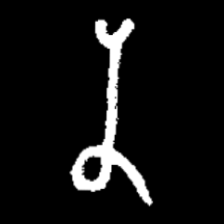
Pyu character \u2014 Myanmar letter: န (romanized: na)